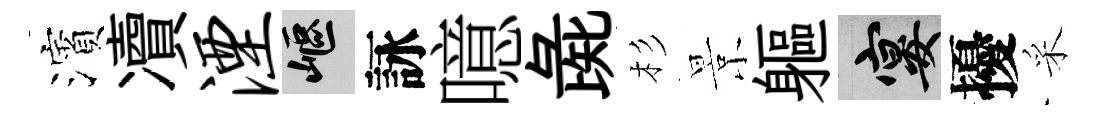
濱凟湮嶇詠噫彘杉景軀宴擾采